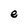
Character: e